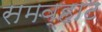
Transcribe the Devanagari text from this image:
समव्हाट